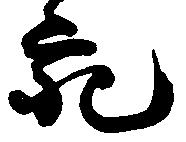
充